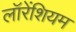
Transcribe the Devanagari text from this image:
लॉरेंशियम